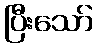
ပြီးသော်